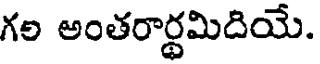
గల అంతరార్థమిదియే.